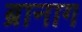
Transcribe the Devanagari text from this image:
ब्रानाग